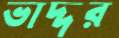
ভাদ্দর